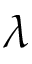
\lambda